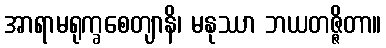
အာရာမရုက္ခစေတျာနိ၊ မနုဿာ ဘယတဇ္ဇိတာ။